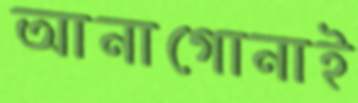
আনাগোনাই